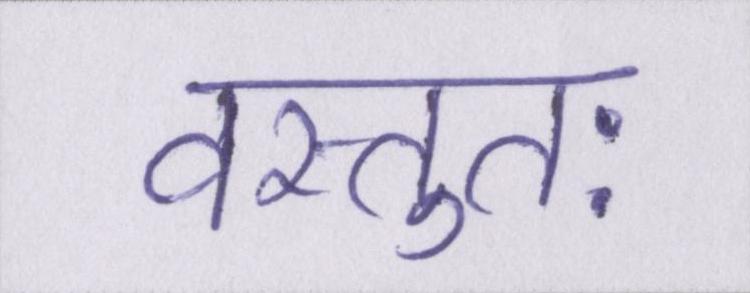
वस्तुतः